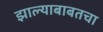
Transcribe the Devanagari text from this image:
झाल्याबाबतचा